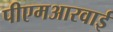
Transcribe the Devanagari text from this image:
पीएमआरवाई